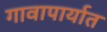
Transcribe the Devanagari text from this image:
गावापार्यात